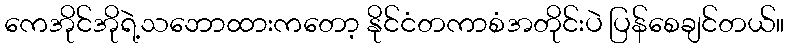
ကေအိုင်အိုရဲ့သဘောထားကတော့ နိုင်ငံတကာစံအတိုင်းပဲ ပြန်စေချင်တယ်။